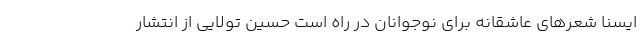
ایسنا شعرهای عاشقانه برای نوجوانان در راه است حسین تولایی از انتشار